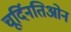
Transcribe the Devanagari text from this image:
चूर्दिनतिओन